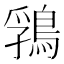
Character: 䳕